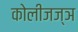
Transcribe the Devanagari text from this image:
कोलीजज्ञ